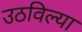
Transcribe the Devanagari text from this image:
उठविल्या